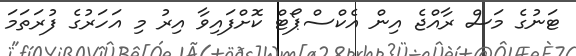
ޓަނުގެ މަސް ރާއްޖެ އިން އެކްސްޕޯޓް ކޮށްފައިވާ އިރު މި އަހަރުގެ ފުރަތަމަ